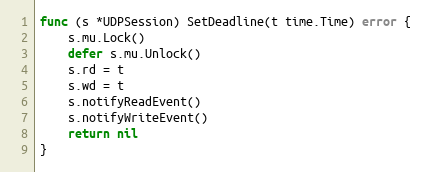
Language: Go
func (s *UDPSession) SetDeadline(t time.Time) error {
	s.mu.Lock()
	defer s.mu.Unlock()
	s.rd = t
	s.wd = t
	s.notifyReadEvent()
	s.notifyWriteEvent()
	return nil
}